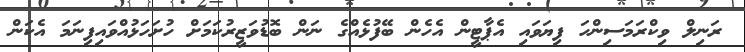
ރަނިލް ވިކްރަމަސިންހަ ފިޔަވައި އެޕާޓީން އެހެން ބޭފުޅެއްގެ ނަން ބޮޑުވަޒީރުކަމަށް ހުށަހަޅުއްވައިފިނަމަ އެކަން